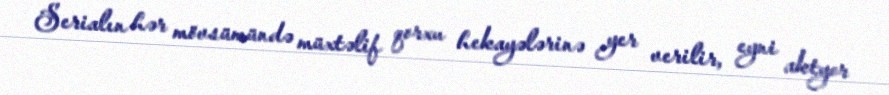
Serialın hər mövsümündə müxtəlif qorxu hekayələrinə yer verilir, eyni aktyor